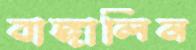
বাঙ্গালিন